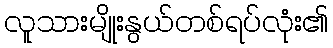
လူသားမျိုးနွယ်တစ်ရပ်လုံး၏